Plague in India, 1896, 1897 - Volume 1
Year: 1896
Disease focus: Plague
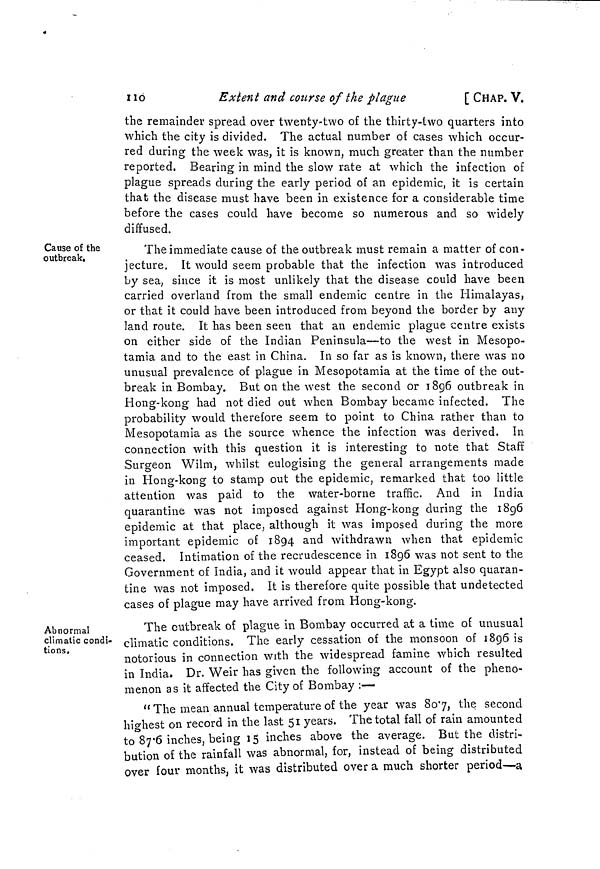
110
Extent and course of the plague
[ CHAP. V.
the remainder spread over twenty-two of the thirty-two quarters into
which the city is divided. The actual number of cases which occur-
red during the week was, it is known, much greater than the number
reported. Bearing in mind the slow rate at which the infection of
plague spreads during the early period of an epidemic, it is certain
that the disease must have been in existence for a considerable time
before the cases could have become so numerous and so widely
diffused.
Cause of the
outbreak.
The immediate cause of the outbreak must remain a matter of con-
jecture. It would seem probable that the infection was introduced
by sea, since it is most unlikely that the disease could have been
carried overland from the small endemic centre in the Himalayas,
or that it could have been introduced from beyond the border by any
land route. It has been seen that an endemic plague centre exists
on either side of the Indian Peninsula—to the west in Mesopo-
tamia and to the east in China. In so far as is known, there was no
unusual prevalence of plague in Mesopotamia at the time of the out-
break in Bombay. But on the west the second or 1896 outbreak in
Hong-kong had not died out when Bombay became infected. The
probability would therefore seem to point to China rather than to
Mesopotamia as the source whence the infection was derived. In
connection with this question it is interesting to note that Staff
Surgeon Wilm, whilst eulogising the general arrangements made
in Hong-kong to stamp out the epidemic, remarked that too little
attention was paid to the water-borne traffic. And in India
quarantine was not imposed against Hong-kong during the 1896
epidemic at that place, although it was imposed during the more
important epidemic of 1894 and withdrawn when that epidemic
ceased. Intimation of the recrudescence in 1896 was not sent to the
Government of India, and it would appear that in Egypt also quaran-
tine was not imposed. It is therefore quite possible that undetected
cases of plague may have arrived from Hong-kong.
Abnormal
climatic condi-
tions.
The outbreak of plague in Bombay occurred at a time oí unusual
climatic conditions. The early cessation of the monsoon of 1896 is
notorious in connection with the widespread famine which resulted
in India. Dr. Weir has given the following account of the pheno-
menon as it affected the City of Bombay :—
" The mean annual temperature of the year was 80 7, the second
highest on record in the last 51 years. The total fall of rain amounted
to 87 6 inches, being 15 inches above the average. But the distri-
bution of the rainfall was abnormal, for, instead of being distributed
over four months, it was distributed over a much shorter period—a